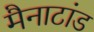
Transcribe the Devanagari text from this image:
मैनाटांड